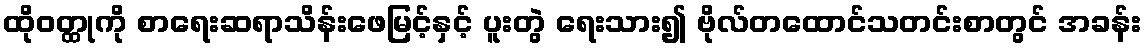
ထိုဝတ္ထုကို စာရေးဆရာသိန်းဖေမြင့်နှင့် ပူးတွဲ ရေးသား၍ ဗိုလ်တထောင်သတင်းစာတွင် အခန်း